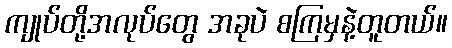
ကျုပ်တို့အလုပ်တွေ အခုပဲ စကြမှနဲ့တူတယ်။